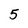
Character: 5